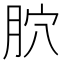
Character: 𦙮